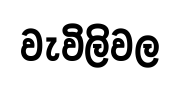
වැවිලිවල